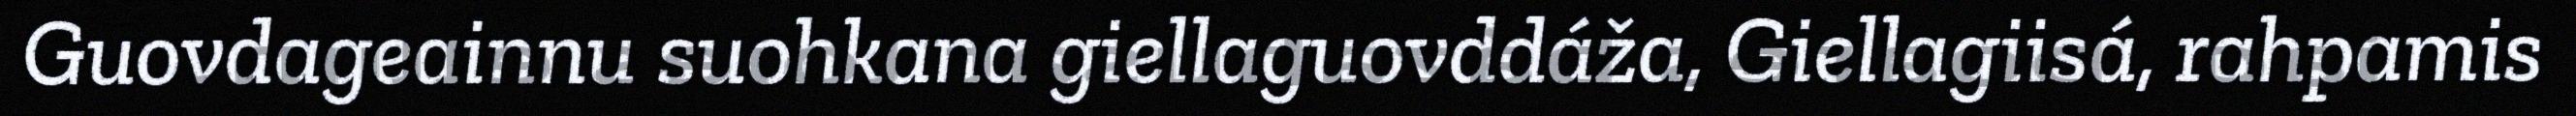
Guovdageainnu suohkana giellaguovddáža, Giellagiisá, rahpamis